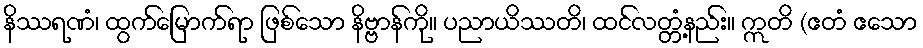
နိဿရဏံ၊ ထွက်မြောက်ရာ ဖြစ်သော နိဗ္ဗာန်ကို။ ပညာယိဿတိ၊ ထင်လတ္တံ့နည်း။ ဣတိ (ဧတံ ဧသော